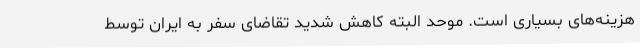
هزینه‌های بسیاری است. موحد البته کاهش شدید تقاضای سفر به ایران توسط